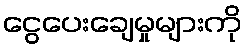
ငွေပေးချေမှုများကို